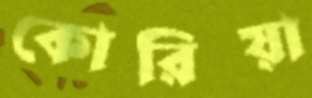
কোরিয়া